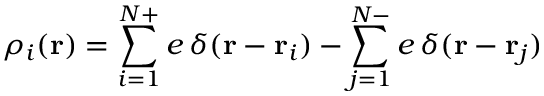
\rho _ { i } ( \mathbf { r } ) = \sum _ { i = 1 } ^ { N + } e \, \delta ( \mathbf { r } - \mathbf { r } _ { i } ) - \sum _ { j = 1 } ^ { N - } e \, \delta ( \mathbf { r } - \mathbf { r } _ { j } )